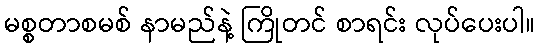
မစ္စတာစမစ် နာမည်နဲ့ ကြိုတင် စာရင်း လုပ်ပေးပါ။